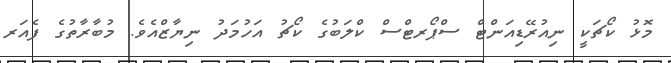
މޮޅު ކޯޗަކީ ނިއުރޭޑިއަންޓް ސްޕޯރޓްސް ކްލަބުގެ ކޯޗު އަހުމަދު ނިޔާޒްއެވެ. މުބާރާތުގެ ފެއަރ